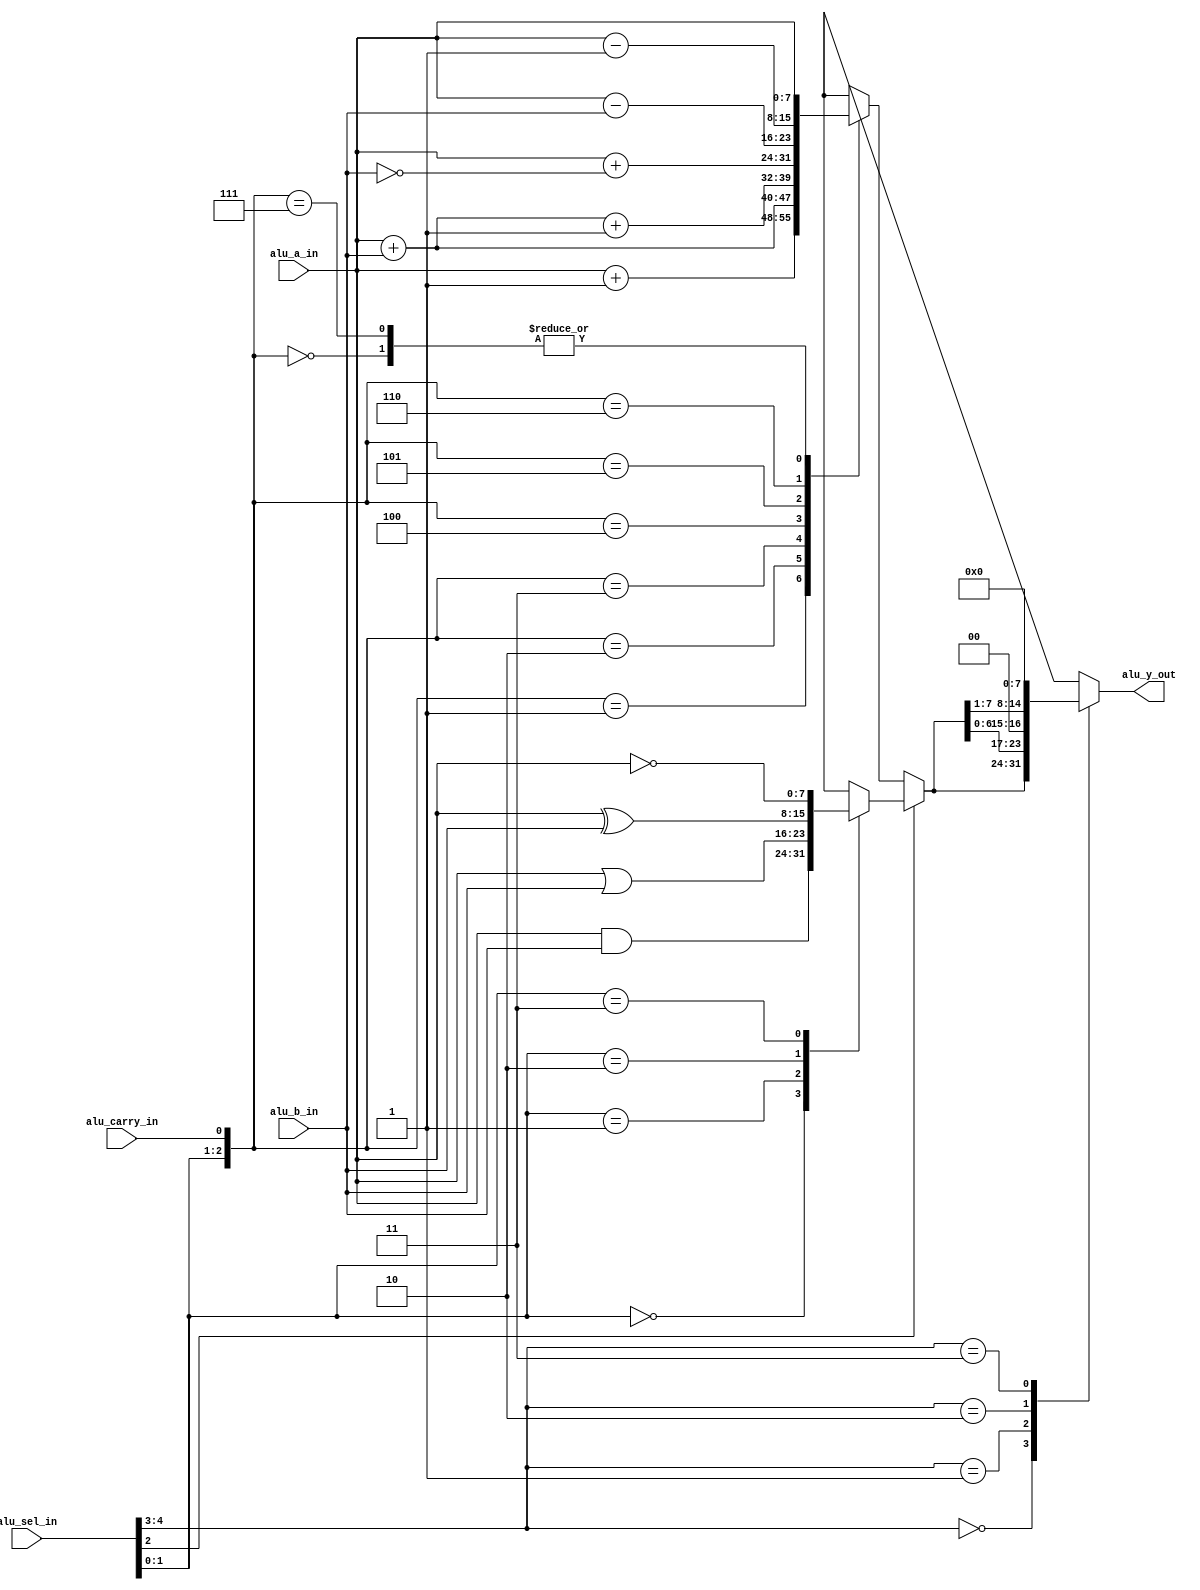
/********************************************************************************************
Copyright 2019 - Maven Silicon Softech Pvt Ltd. 
 
All Rights Reserved.

This source code is an unpublished work belongs to Maven Silicon Softech Pvt Ltd.

It is not to be shared with or used by any third parties who have not enrolled for our paid training 

courses or received any written authorization from Maven Silicon.


Webpage     :      www.maven-silicon.com

Filename    :	   alu.v   

Description :      Function table of Arithmetic Logic Unit (ALU)
	 ____________________________________________________________________________________
	 
	 S4 S3 S2 S1 S0 Cin  Operation           Function               Implementation Block
	 ____________________________________________________________________________________
	 0  0  0  0  0   0   Y <= A              Transfer A             Arithmetic Unit
	 0  0  0  0  0   1   Y <= A+1            Increment A            Arithmetic Unit
	 0  0  0  0  1   0   Y <= A+B            Addition               Arithmetic Unit
	 0  0  0  0  1   1   Y <= A+B+1          Add with carry         Arithmetic Unit
	 0  0  0  1  0   0   Y <= A+Bbar         A plus 1's complement
	                                         of B                   Arithmetic Unit
	 0  0  0  1  0   1   Y <= A+Bbar+1       Subtraction            Arithmetic Unit                                         
	 0  0  0  1  1   0   Y <= A-1            Decrement A            Arithmetic Unit
	 0  0  0  1  1   1   Y <= A              Transfer A             Arithmetic Unit
	 
	 0  0  1  0  0   0   Y <= A and B        AND                    Logic Unit
	 0  0  1  0  1   0   Y <= A or B         OR                     Logic Unit
	 0  0  1  1  0   0   Y <= A xor B        XOR                    Logic Unit
	 0  0  1  1  1   0   Y <= A bar          complement A           Logic Unit
	 
	 0  0  0  0  0   0   Y <= A              Transfer A             Shifter Unit
	 0  1  0  0  0   0   Y <= shl A          shift left A           Shifter Unit        
	 1  0  0  0  0   0   Y <= shr A          shift right A          Shifter Unit 
	 1  1  0  0  0   0   Y <= 0              Transfer 0's           Shifter Unit
	 ____________________________________________________________________________________



Author Name :      Susmita Nayak

Version     :      1.0
*********************************************************************************************/
 

module alu (alu_sel_in,alu_carry_in,alu_a_in,alu_b_in,alu_y_out);

   //Port declarations
   input  [4:0] alu_sel_in;
   input  alu_carry_in;
   input  [7:0] alu_a_in,alu_b_in;
   output [7:0] alu_y_out;

   //Internal variable declaration
   reg [7:0] alu_y_out;
   reg [7:0] logic_unit,arith_unit,alu_noshift;

   always@(*)
      begin

         //Logic Unit
         case(alu_sel_in[1:0])
	    2'b00   : logic_unit = alu_a_in & alu_b_in; 
	    2'b01   : logic_unit = alu_a_in | alu_b_in;
	    2'b10   : logic_unit = alu_a_in ^ alu_b_in;
	    2'b11   : logic_unit = ~alu_a_in;
	    default : logic_unit = 8'bx;
	 endcase

	//Arithmetic Unit
	case ({alu_sel_in[1:0],alu_carry_in})
	    3'b000   : arith_unit = alu_a_in;
	    3'b001   : arith_unit = alu_a_in + 1;
	    3'b010   : arith_unit = alu_a_in + alu_b_in;
	    3'b011   : arith_unit = alu_a_in + alu_b_in + 1;                                                
	    3'b100   : arith_unit = alu_a_in + (~alu_b_in);
	    3'b101   : arith_unit = alu_a_in - alu_b_in;
	    3'b110   : arith_unit = alu_a_in - 1;
	    3'b111   : arith_unit = alu_a_in;                                 
	    default  : arith_unit = 8'bx;
	 endcase

 	 //Multiplex between Logic & Arithmetic Units
	 if(alu_sel_in[2])
	    alu_noshift = logic_unit;
	 else
	    alu_noshift = arith_unit;

	 //Shift Operations
	 case (alu_sel_in[4:3])
	    2'b00   : alu_y_out = alu_noshift;
	    2'b01   : alu_y_out = alu_noshift << 1;
	    2'b10   : alu_y_out = alu_noshift >> 1;
	    2'b11   : alu_y_out = 8'b0;
	    default : alu_y_out = 8'bx;
      endcase
   end

endmodule